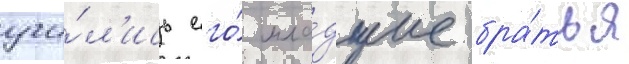
учи́л'ись его́ мла́дшие бра́тья